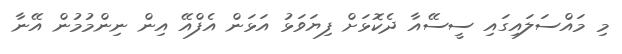
މި މައްސަލައިގައި ސީސޭއާ ދެކޮޅަށް ފިޔަވަޅު އަޅަން އެފްއޭ އިން ނިންމުމުން އޭނާ